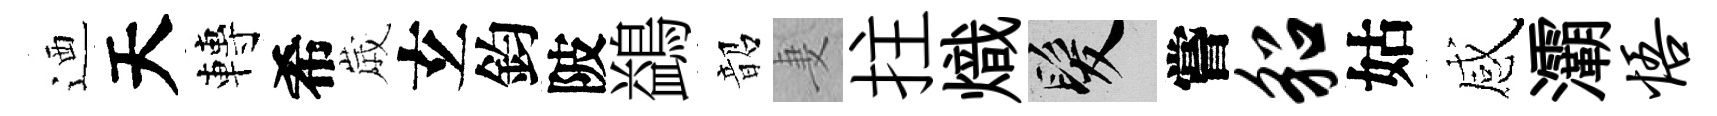
迺天轉希𡻕𤣥鈞陂鷁韶妻拄熾髮嘗貂姑感灞悟